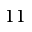
1 1